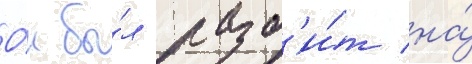
О́н бы́л разб'и́т на́